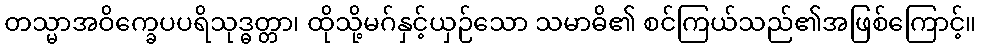
တသ္မာအဝိက္ခေပပရိသုဒ္ဓတ္တာ၊ ထိုသို့မဂ်နှင့်ယှဉ်သော သမာဓိ၏ စင်ကြယ်သည်၏အဖြစ်ကြောင့်။